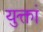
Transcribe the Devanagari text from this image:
युक्तां